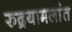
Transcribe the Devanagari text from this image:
रुद्रयामलांत